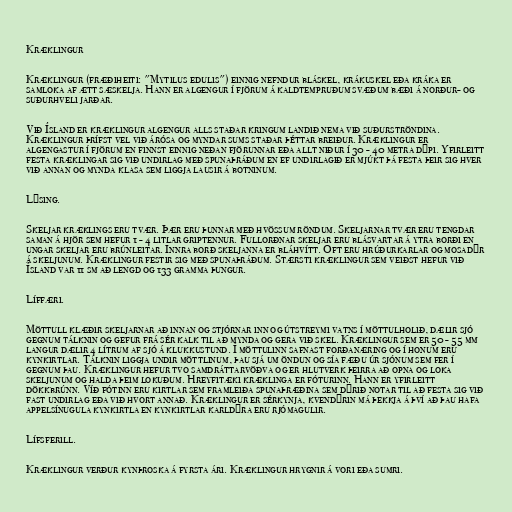
Kræklingur

Kræklingur (fræðiheiti: "Mytilus edulis") einnig nefndur bláskel, krákuskel eða kráka er
samloka af ætt sæskelja. Hann er algengur í fjörum á kaldtempruðum svæðum bæði á norður- og
suðurhveli jarðar.

Við Ísland er kræklingur algengur alls staðar kringum landið nema við suðurströndina.
Kræklingur þrífst vel við árósa og myndar sums staðar þéttar breiður. Kræklingur er
algengastur í fjörum en finnst einnig neðan fjörunnar eða allt niður í 30 - 40 metra dýpi. Yfirleitt
festa kræklingar sig við undirlag með spunaþráðum en ef undirlagið er mjúkt þá festa þeir sig hver
við annan og mynda klasa sem liggja lausir á botninum.

Lýsing.

Skeljar kræklings eru tvær. Þær eru þunnar með hvössum röndum. Skeljarnar tvær eru tengdar
saman á hjör sem hefur 1 - 4 litlar griptennur. Fullorðnar skeljar eru blásvartar á ytra borði en
ungar skeljar eru brúnleitar. Innra borð skeljanna er bláhvítt. Oft eru hrúðurkarlar og mosadýr
á skeljunum. Kræklingur festir sig með spunaþráðum. Stærsti kræklingur sem veiðst hefur við
Ísland var 11 sm að lengd og 133 gramma þungur.

Líffæri.

Möttull klæðir skeljarnar að innan og stjórnar inn og útstreymi vatns í möttulholið, dælir sjó
gegnum tálknin og gefur frá sér kalk til að mynda og gera við skel. Kræklingur sem er 50 - 55 mm
langur dælir 4 lítrum af sjó á klukkustund. Í möttulinn safnast forðanæring og í honum eru
kynkirtlar. Tálknin liggja undir möttlinum, þau sjá um öndun og sía fæðu úr sjónum sem fer í
gegnum þau. Kræklingur hefur tvo samdráttarvöðva og er hlutverk þeirra að opna og loka
skeljunum og halda þeim lokuðum. Hreyfitæki kræklinga er fóturinn. Hann er yfirleitt
dökkbrúnn. Víð fótinn eru kirtlar sem framleiða spunaþræðina sem dýrið notar til að festa sig við
fast undirlag eða við hvort annað. Kræklingur er sérkynja, kvendýrin má þekkja á því að þau hafa
appelsínugula kynkirtla en kynkirtlar karldýra eru rjómagulir.

Lífsferill.

Kræklingur verður kynþroska á fyrsta ári. Kræklingur hrygnir á vori eða sumri.